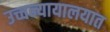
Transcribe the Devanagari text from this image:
उच्चन्यायालयात